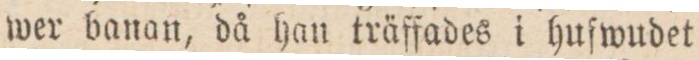
wer banan, då han träffades i huſwudet